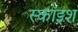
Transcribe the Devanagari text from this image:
स्कॉइश